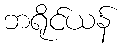
ဘရိုင်ယန်